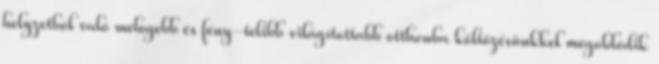
helyzetbõl való melegebb és fény-telibb világítottabb otthonba költözésünkkel megoldódik